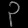
Digit: ၃